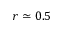
r \simeq 0 . 5